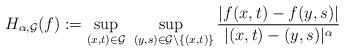
LaTeX: \begin{align*}& H_{\alpha,\mathcal{G}}(f) := \sup_{(x,t) \in \mathcal{G}}\sup_{~(y,s) \in \mathcal{G} \setminus \{(x,t)\}} \frac{|f(x,t) - f(y,s)|}{|(x,t) - (y,s)|^\alpha}\end{align*}